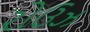
રોઉઝ